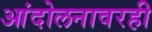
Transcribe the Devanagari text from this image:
आंदोलनावरही